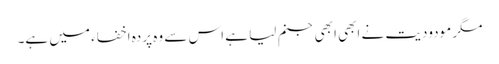
مگر مودودیت نے ابھی ابھی جنم لیا ہے اس سے وہ پردہ اخفاء میں ہے۔